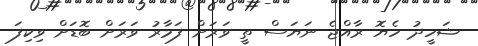
ޝަހީދު ހެޔޮ ރާއްޖެ ނަޔަސް ތީ ވަރަށް ފަމާރު ވަރަށް ބޮޑަށް ވިކިފަ